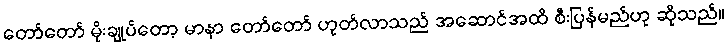
တော်တော် မိုးချုပ်တော့ မာနာ တော်တော် ဟုတ်လာသည် အဆောင်အထိ စီးပြန်မည်ဟု ဆိုသည်။